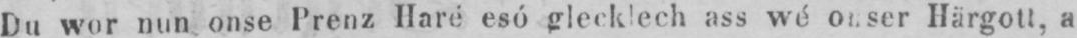
Du wor nun onse Prenz Haré esó glecklech ass wé ouser Härgott, a